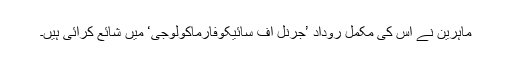
ماہرین نے اس کی مکمل روداد ’جرنل آف سائیکوفارماکولوجی‘ میں شائع کرائی ہیں۔